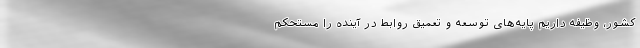
کشور، وظیفه داریم پایه‌های توسعه و تعمیق روابط در آینده را مستحکم